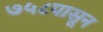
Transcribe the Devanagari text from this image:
७५८पासून